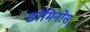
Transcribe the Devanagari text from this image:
डोमिनोस